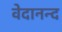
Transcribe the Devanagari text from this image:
वेदानन्द